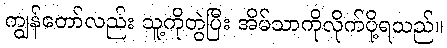
ကျွန်တော်လည်း သူ့ကိုတွဲပြီး အိမ်သာကိုလိုက်ပို့ရသည်။